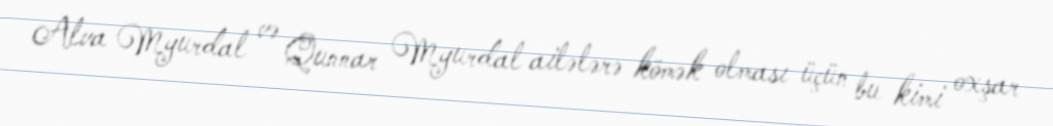
Alva Myurdal və Qunnar Myurdal ailələrə kömək olması üçün bu kimi oxşar